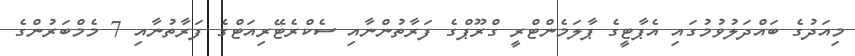
މިއަދުގެ ބައްދަލުވުމުގައި އެޕާޓީގެ ޕާލަމެންޓްރީ ގްރޫޕްގެ ފަރާތުންނާއި ސެކްރެޓޭރިއަޓްގެ ފަރާތުނާއި 7 މެމްބަރުންގެ